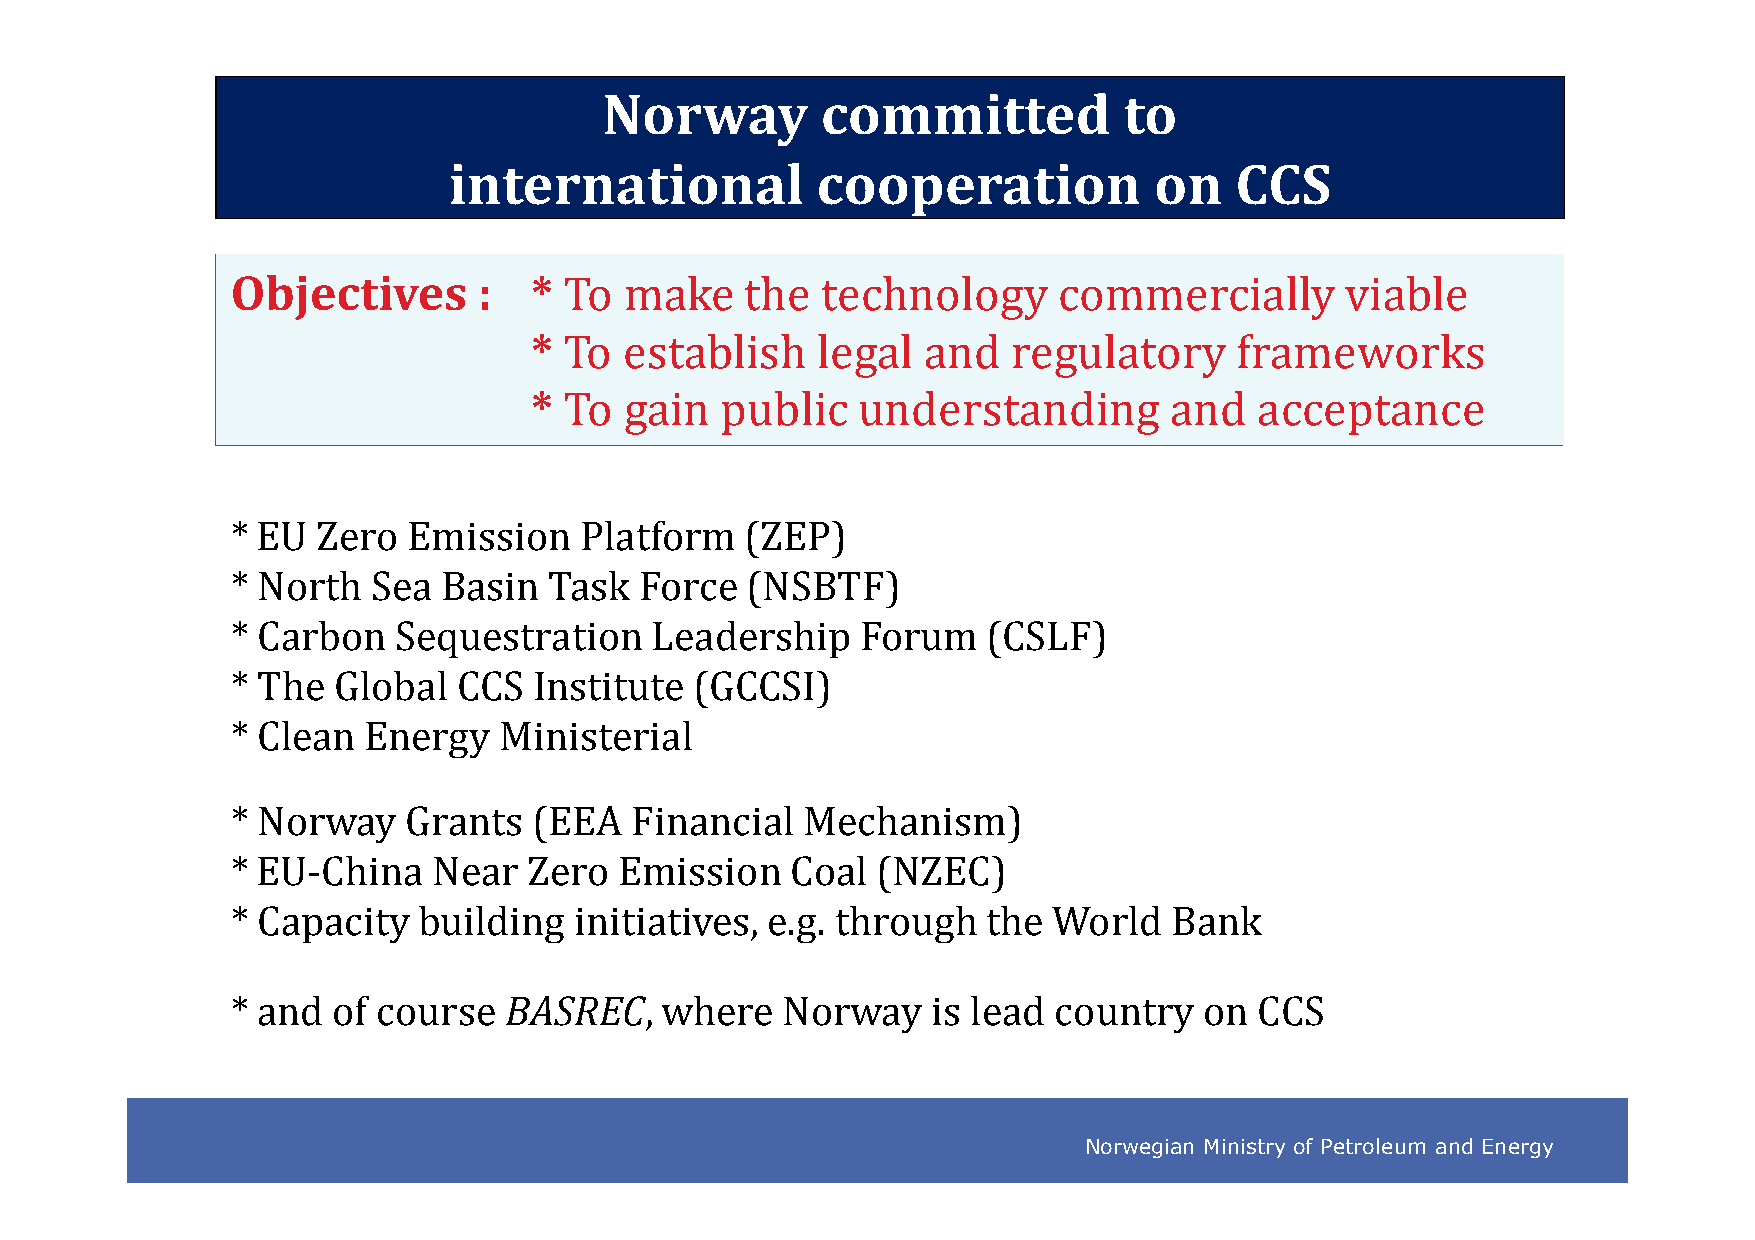
Norway        committed           to
 international           cooperation           on    CCS
 Objectives       :  * To  make    the  technology      commercially       viable
 * To  establish    legal  and   regulatory     frameworks
 * To  gain   public   understanding       and   acceptance
 * EU  Zero  Emission   Platform   (ZEP)
 * North   Sea Basin  Task  Force  (NSBTF)
 ** CCaarrbboonn SSeeqquueessttrraattiioonn LLeeaaddeerrsshhiipp FFoorruumm ((CCSSLLFF))
 * The  Global  CCS  Institute  (GCCSI)
 * Clean  Energy   Ministerial
 * Norway    Grants  (EEA   Financial  Mechanism)
 * EU-China    Near  Zero  Emission   Coal  (NZEC)
 * Capacity   building  initiatives, e.g. through  the  World  Bank
 * and  of course  BASREC,    where   Norway    is lead country   on CCS
 Norwegian Ministry of Petroleum and Energy